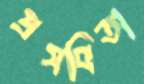
প্রসবিতা